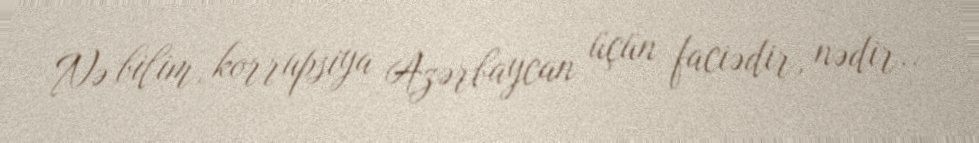
Nə bilim, korrupsiya Azərbaycan üçün faciədir, nədir..